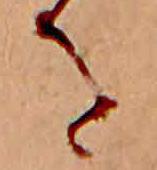
を